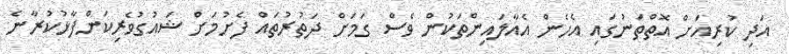
އަދި ކުރިއަށް އޮތްތަނުގައި އެހެން އެއާލައިންތަކުން ވެސް ގަމަށް ދަތުރުތައް ފެށުމަށް ޝައުގުވެރިކަންފާޅުކުރާނެ